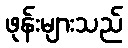
ဖုန်းများသည်